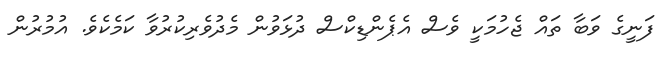
ފަނީގެ ވަބާ ތައް ޖެހުމަކީ ވެސް އެޕެންޑިކްސް ދުޅަވުން މެދުވެރިކުރުވާ ކަމެކެވެ. އުމުރުން